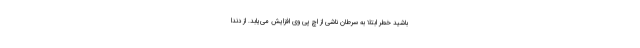
باشید خطر ابتلا به سرطان ناشی از اچ پی وی افزایش می‌یابد. از دندا